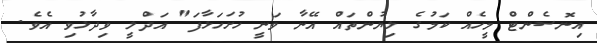
އިނޮސެންޓް މީހެއް ކަމުގެ ލިޔުންތައް އޭނާ ވަނީ ހުށަހަޅާފަ" އަދްލީ ވިދާޅުވި އެވެ.